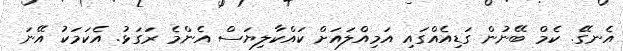
އެނގޭ. ކެމް ބޭނުން ގަޑިއެއްގައި އަމިއްލައަށް ކައްކާލިޔަސް އެންމެ ރަގަޅު. އެކަމަކު އޭނަ